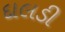
દાલડી